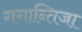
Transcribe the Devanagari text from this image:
गगान्तिजा